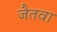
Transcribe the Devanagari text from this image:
जैतवा